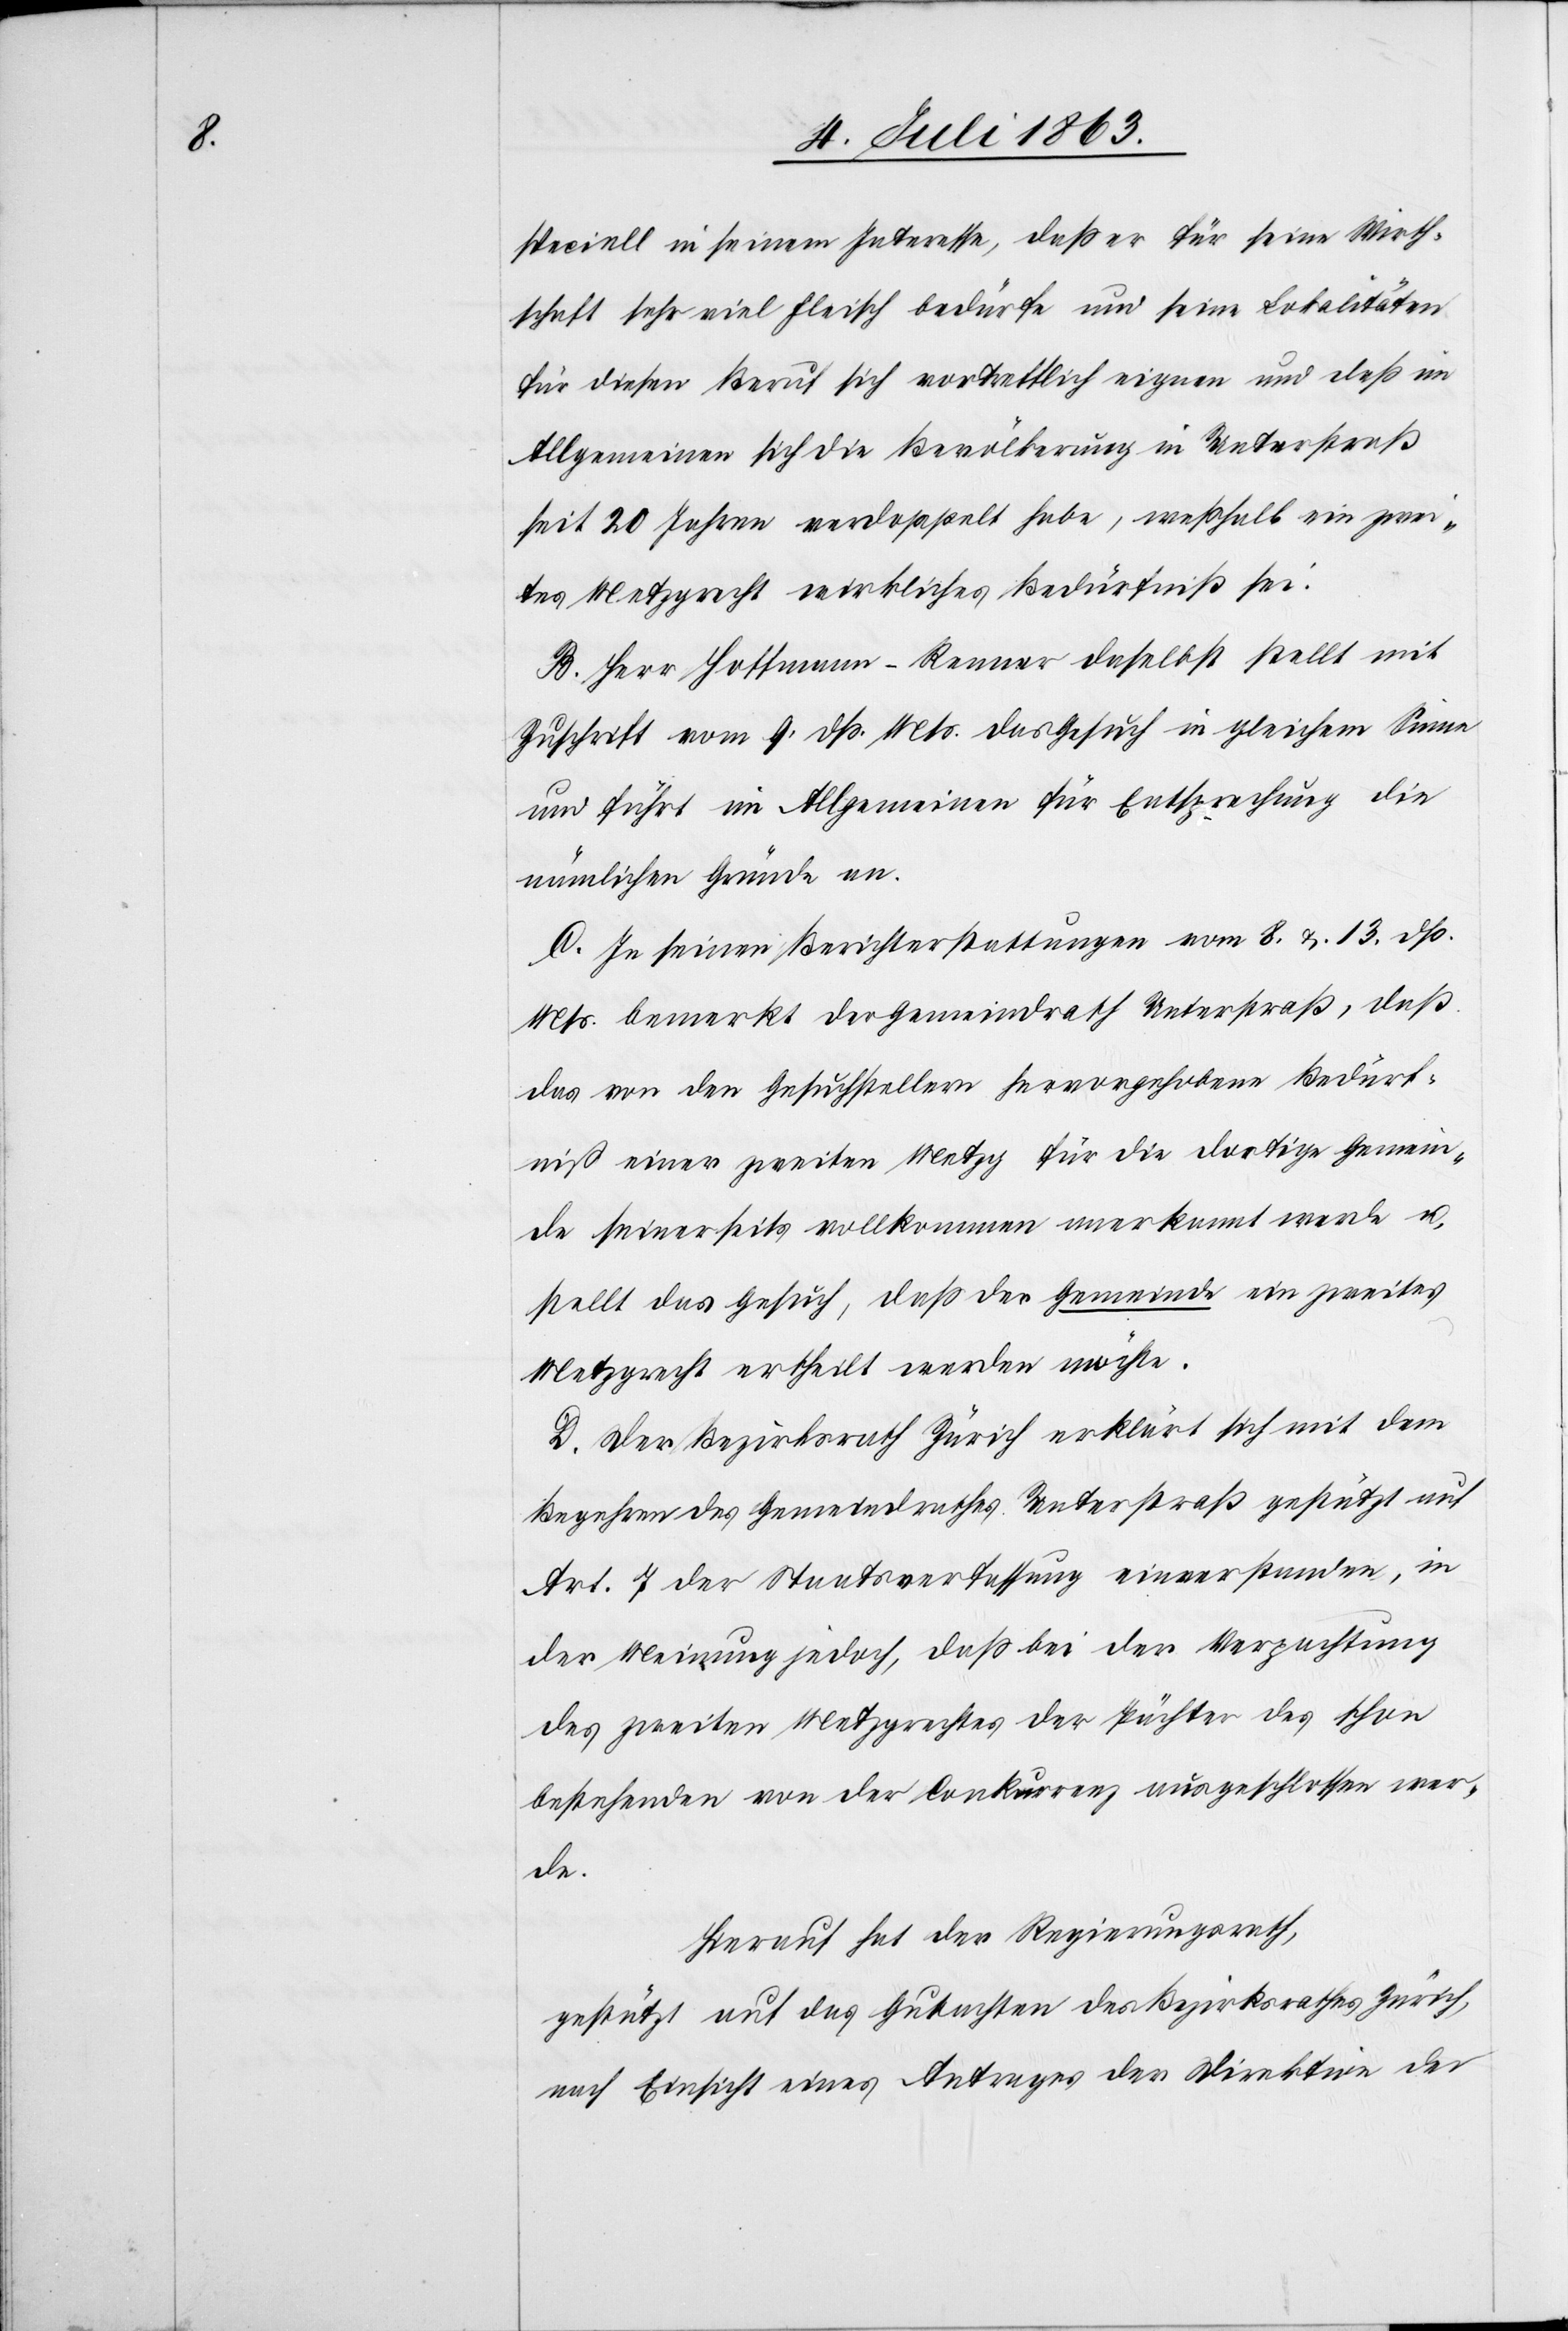
speciell in seinem Interesse, daß er für seine Wirth¬
schaft sehr viel Fleisch bedürfe und seine Lokalitäten
für diesen Beruf sich vortrefflich eignen und daß im
Allgemeinen sich die Bevölkerung in Unterstraß
seit 20 Jahren verdoppelt habe, weßhalb ein zwei¬
tes Metzgrecht wirkliches Bedürfniß sei.
B. Herr Hoffmann-Renner daselbst stellt mit
Zuschrift vom 9. dß. Mts. das Gesuch in gleichem Sinne
und führt im Allgemeinen für Entsprechung die
nämlichen Gründe an.
C. In seinen Berichterstattungen vom 8. & 13. dß.
Mts. bemerkt der Gemeindrath Unterstraß, daß
das von den Gesuchstellern hervorgehobene Bedürf¬
niß einer zweiten Metzg für die dortige Gemein¬
de seinerseits vollkommen anerkannt werde u.
stellt das Gesuch, daß der Gemeinde ein zweites
Metzgrecht ertheilt werden möchte.
D. Der Bezirksrath Zürich erklärt sich mit dem
Begehren des Gemeindrathes Unterstraß gestützt auf
Art. 7 der Staatsverfassung einverstanden, in
der Meinung jedoch, daß bei der Verpachtung
des zweiten Metzgrechtes der Pächter des schon
bestehenden von der Conkurrenz ausgeschlossen wer¬
de.
Hierauf hat der Regierungsrath,
gestützt auf das Gutachten des Bezirksrathes Zürich,
nach Einsicht eines Antrages der Direktion der